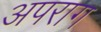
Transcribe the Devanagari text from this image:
अपराग